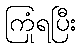
ကြုံရပြီး